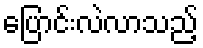
ပြောင်းလဲလာသည့်